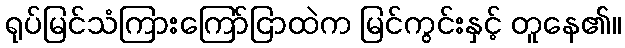
ရုပ်မြင်သံကြားကြော်ငြာထဲက မြင်ကွင်းနှင့် တူနေ၏။